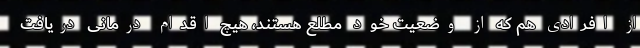
از افرادی هم که از وضعیت خود مطلع هستند، هیچ اقدام درمانی دریافت